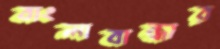
বাংলাবান্ধার